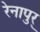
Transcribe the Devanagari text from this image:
रेनापुर्